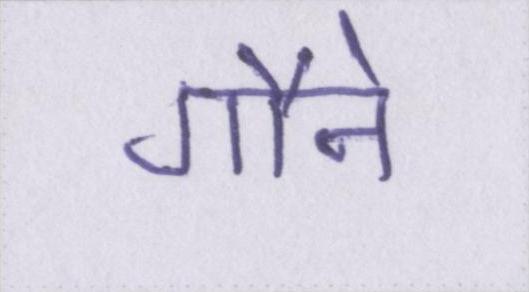
गौने